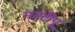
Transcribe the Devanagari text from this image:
मल्टीपू